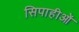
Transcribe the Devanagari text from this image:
सिपाहीओं